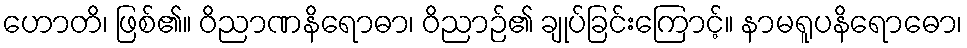
ဟောတိ၊ ဖြစ်၏။ ဝိညာဏနိရောဓာ၊ ဝိညာဉ်၏ ချုပ်ခြင်းကြောင့်။ နာမရူပနိရောဓော၊